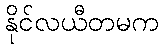
နိုင်လယီတမက